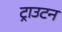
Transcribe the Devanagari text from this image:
ट्राउटन